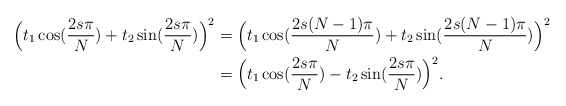
\begin{align*}\Big(t_1 \cos(\frac{2s\pi}{N})+ t_2 \sin(\frac{2s\pi}{N})\Big)^2 &= \Big(t_1 \cos(\frac{2s(N-1)\pi}{N})+ t_2 \sin(\frac{2s(N-1)\pi}{N})\Big)^2\\&= \Big(t_1 \cos(\frac{2s\pi}{N})- t_2 \sin(\frac{2s\pi}{N})\Big)^2.\end{align*}